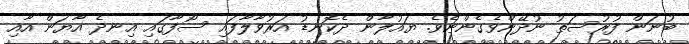
ބުނަން ފުރުސަތު ނުދޭންވެގެންނެވެ. ޔައުލާން ދެކޮނޑު އަރުވާލާފައި ސޯފާގައި އިނދެ އާޔަން އާއި